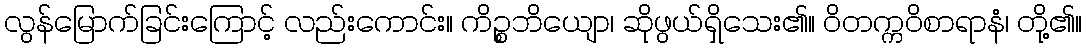
လွန်မြောက်ခြင်းကြောင့် လည်းကောင်း။ ကိဉ္စဘိယျော၊ ဆိုဖွယ်ရှိသေး၏။ ဝိတက္ကဝိစာရာနံ၊ တို့၏။